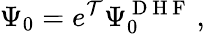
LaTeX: \Psi_{0}=e^{\mathcal{T}}\Psi_{0}^{\mathrm{{~D~H~F~}}}\, ,